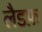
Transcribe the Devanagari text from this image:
लैडफ़